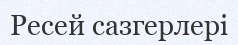
Ресей сазгерлері